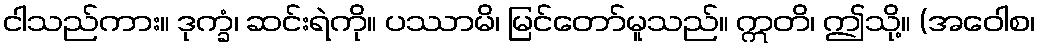
ငါသည်ကား။ ဒုက္ခံ၊ ဆင်းရဲကို။ ပဿာမိ၊ မြင်တော်မူသည်။ ဣတိ၊ ဤသို့။ (အဝေါစ၊